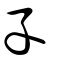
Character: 孓